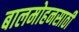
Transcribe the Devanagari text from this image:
बालमोहनसाठी